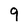
Character: q